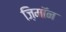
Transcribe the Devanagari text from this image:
ज़िमाॅन